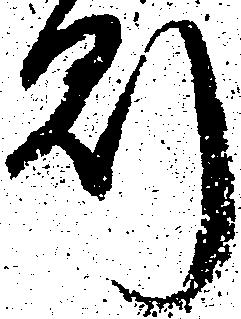
則